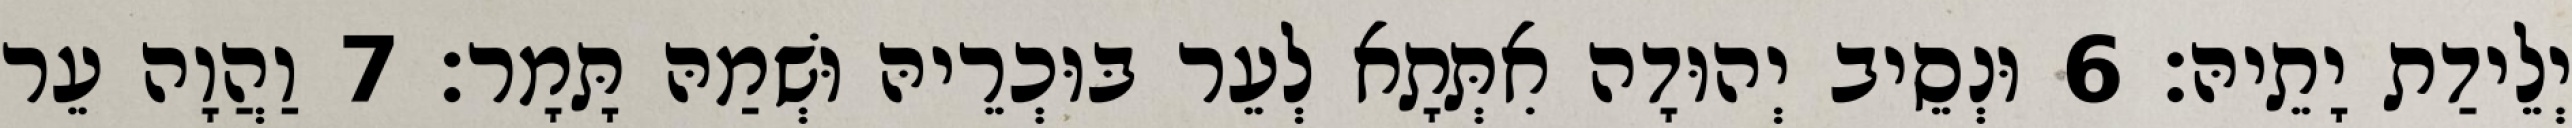
יְלֵידַת יָתֵיהּ׃ 6 וּנְסֵיב יְהוּדָה אִתְּתָא לְעֵר בּוּכְרֵיהּ וּשְׁמַהּ תָּמָר׃ 7 וַהֲוָה עֵר